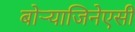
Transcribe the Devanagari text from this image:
बोऱ्याजिनेएसी